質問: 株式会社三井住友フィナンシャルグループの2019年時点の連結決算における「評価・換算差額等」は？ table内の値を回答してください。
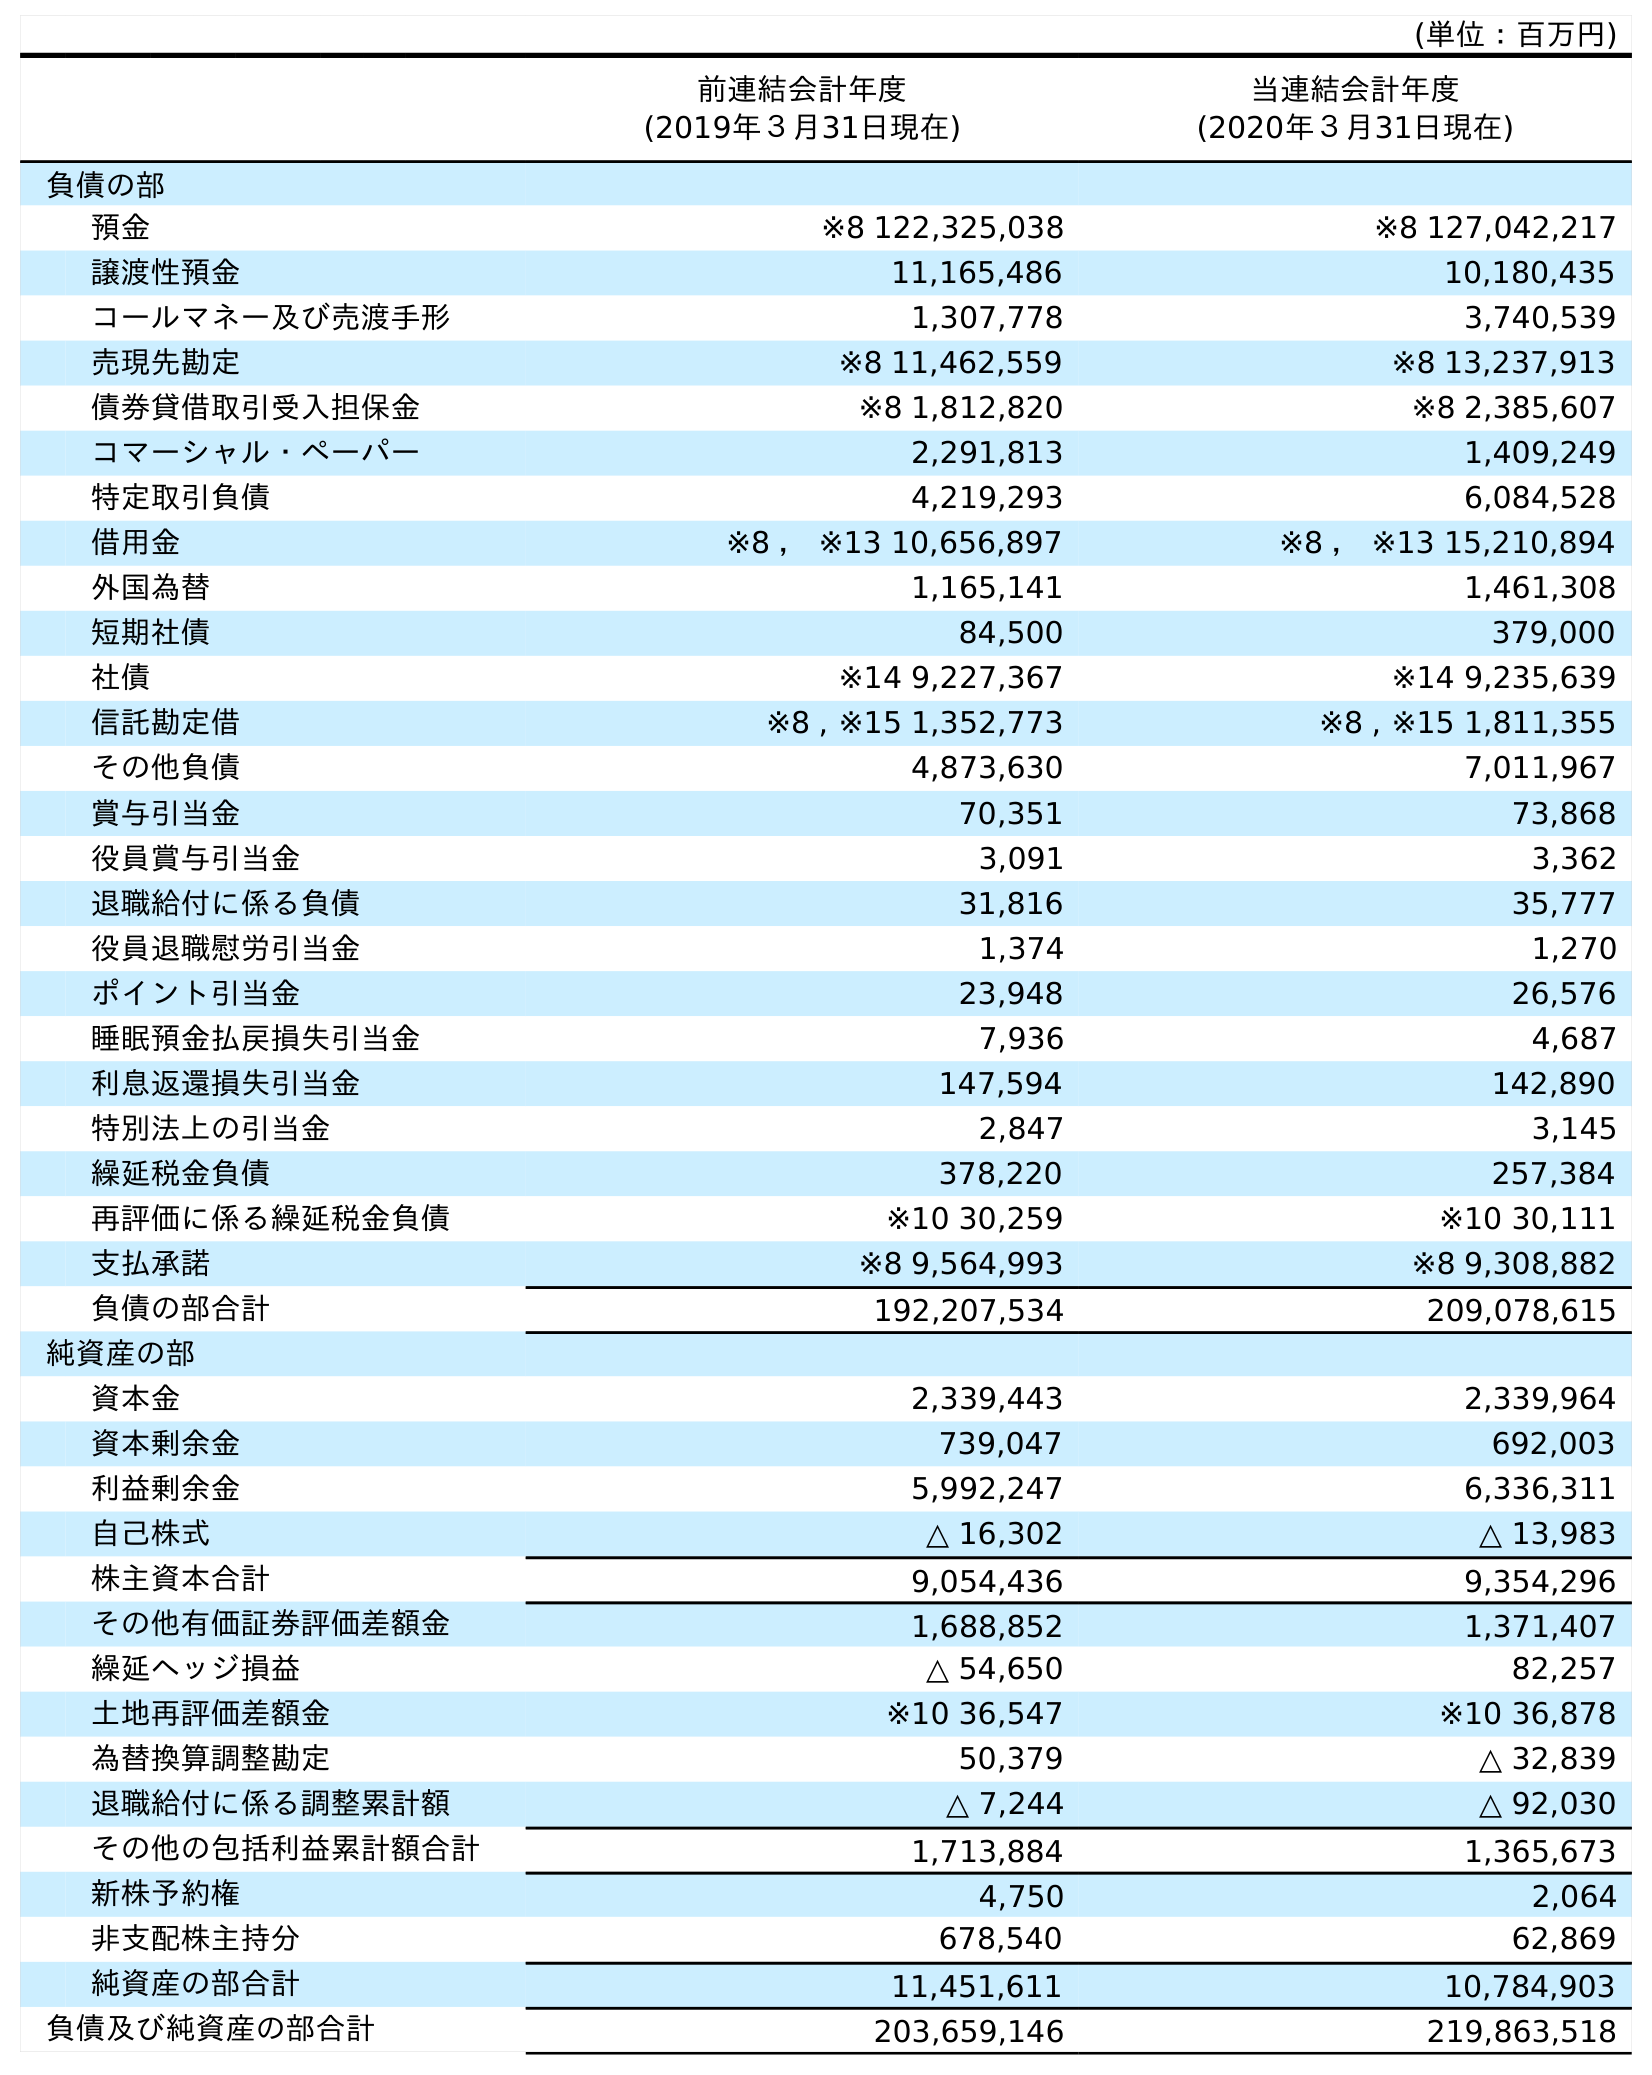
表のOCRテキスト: (単位：百万円) 前連結会計年度 (2019年３月31日現在) 当連結会計年度 (2020年３月31日現在) 負債の部 預金 ※8 122,325,038 ※8 127,042,217 譲渡性預金 11,165,486 10,180,435 コールマネー及び売渡手形 1,307,778 3,740,539 売現先勘定 ※8 11,462,559 ※8 13,237,913 債券貸借取引受入担保金 ※8 1,812,820 ※8 2,385,607 コマーシャル・ペーパー 2,291,813 1,409,249 特定取引負債 4,219,293 6,084,528 借用金 ※8 ， ※13 10,656,897 ※8 ， ※13 15,210,894 外国為替 1,165,141 1,461,308 短期社債 84,500 379,000 社債 ※14 9,227,367 ※14 9,235,639 信託勘定借 ※8 , ※15 1,352,773 ※8 , ※15 1,811,355 その他負債 4,873,630 7,011,967 賞与引当金 70,351 73,868 役員賞与引当金 3,091 3,362 退職給付に係る負債 31,816 35,777 役員退職慰労引当金 1,374 1,270 ポイント引当金 23,948 26,576 睡眠預金払戻損失引当金 7,936 4,687 利息返還損失引当金 147,594 142,890 特別法上の引当金 2,847 3,145 繰延税金負債 378,220 257,384 再評価に係る繰延税金負債 ※10 30,259 ※10 30,111 支払承諾 ※8 9,564,993 ※8 9,308,882 負債の部合計 192,207,534 209,078,615 純資産の部 資本金 2,339,443 2,339,964 資本剰余金 739,047 692,003 利益剰余金 5,992,247 6,336,311 自己株式 △ 16,302 △ 13,983 株主資本合計 9,054,436 9,354,296 その他有価証券評価差額金 1,688,852 1,371,407 繰延ヘッジ損益 △ 54,650 82,257 土地再評価差額金 ※10 36,547 ※10 36,878 為替換算調整勘定 50,379 △ 32,839 退職給付に係る調整累計額 △ 7,244 △ 92,030 その他の包括利益累計額合計 1,713,884 1,365,673 新株予約権 4,750 2,064 非支配株主持分 678,540 62,869 純資産の部合計 11,451,611 10,784,903 負債及び純資産の部合計 203,659,146 219,863,518
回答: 1,713,884